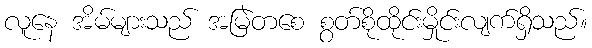
လူနေ အိမ်များသည် အမြဲတစေ စွတ်စိုထိုင်းမှိုင်းလျက်ရှိသည်။